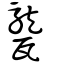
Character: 𤮨